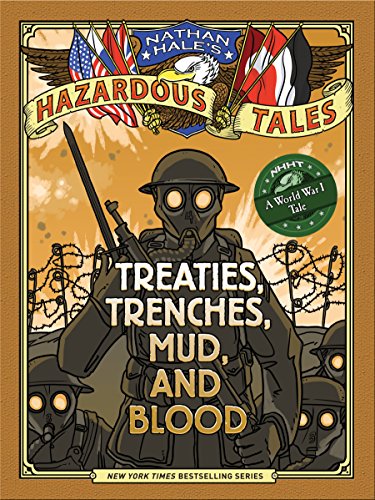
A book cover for Nathan Hale's Hazardous Tales: Treaties, Trenches, Mud, and Blood (A World War I Tale); Nathan Hale; Children's Books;